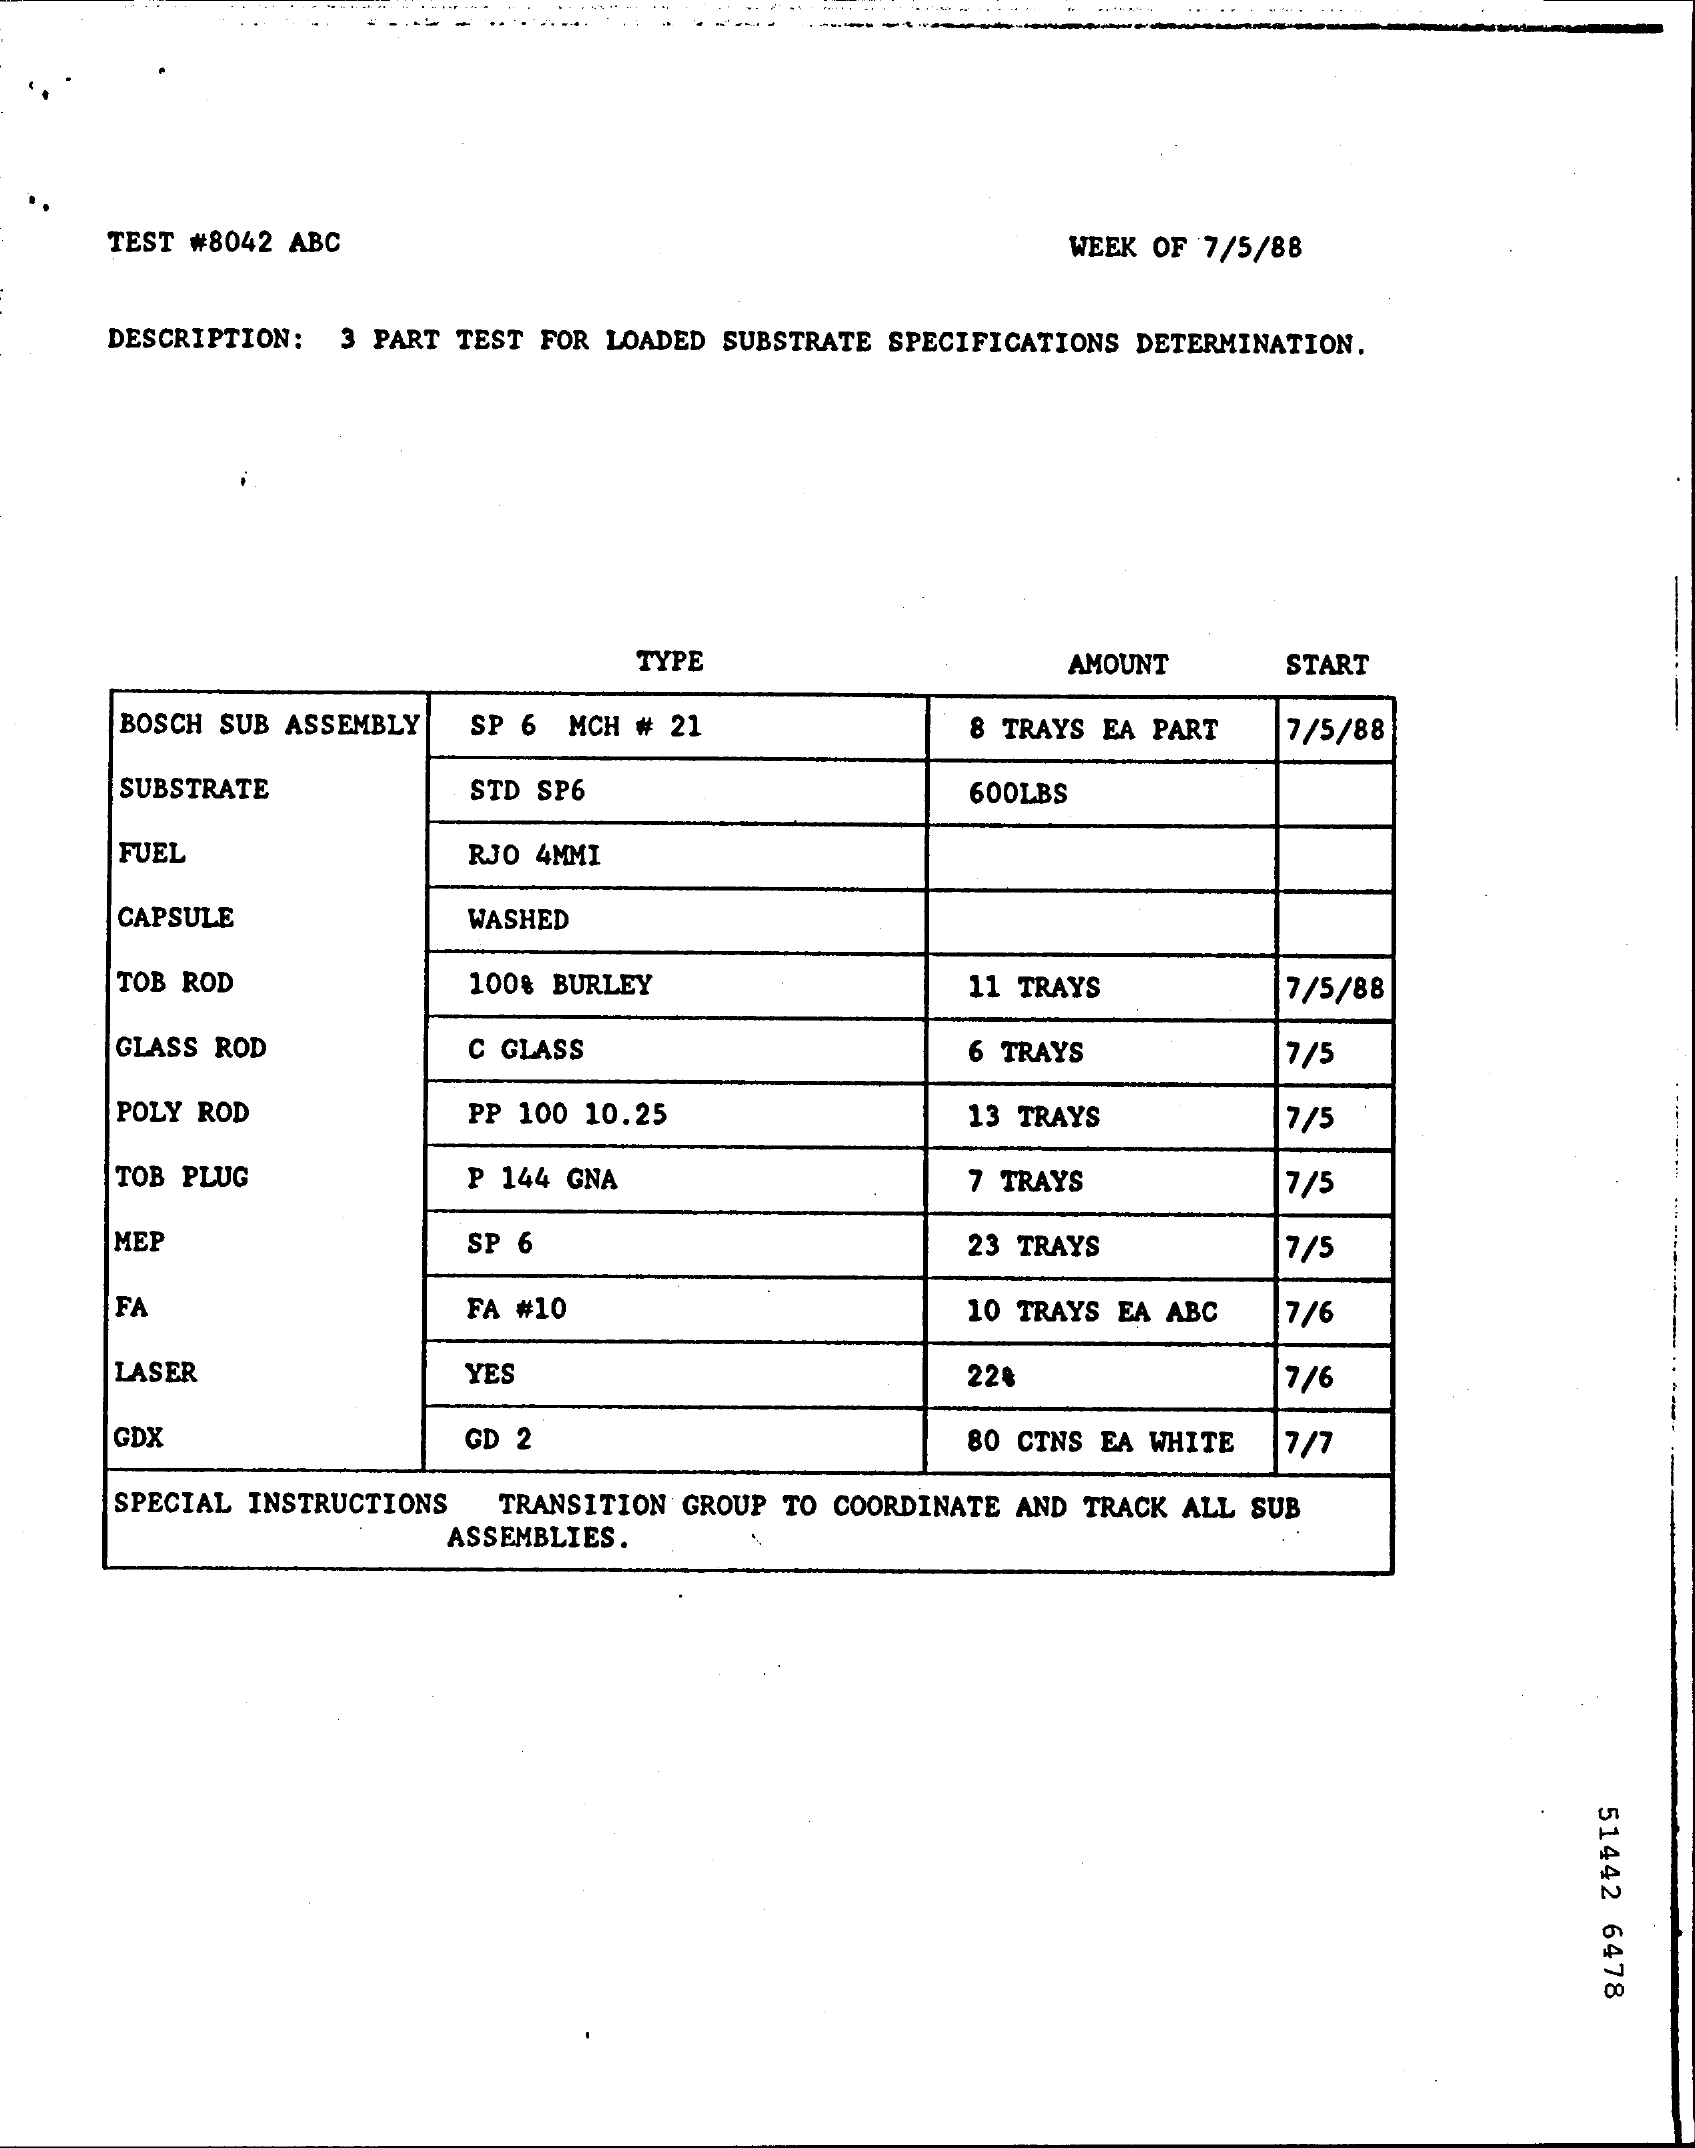
--------
     TEST #8042 ABC    WEEK OF 7/5/88
     DESCRIPTION: 3 PART TEST FOR LOADED SUBSTRATE SPECIFICATIONS DETERMINATION.
     TYPE    AMOUNT    START
     BOSCH SUB ASSEMBLY SP 6 MCH # 21    8 TRAYS EA PART  7/5/88
     SUBSTRATE    STD SP6    600LBS
     FUEL    RJO 4MMI
     CAPSULE    WASHED
     TOB ROD    100% BURLEY    11 TRAYS    7/5/88
     GLASS ROD    C GLASS    6 TRAYS    7/5
     POLY ROD    PP 100 10.25    13 TRAYS    7/5
     TOB PLUG    P 144 GNA    7 TRAYS    7/5
     MEP    SP 6    23 TRAYS    7/5
     FA    FA #10    10 TRAYS EA ABC 7/6
     LASER    YES    22    7/6
     GDX    GD 2    BO CTNS EA WHITE 7/7
     SPECIAL INSTRUCTIONS TRANSITION GROUP TO COORDINATE AND TRACK ALL SUB
     ASSEMBLIES.
     51442
     6478